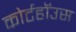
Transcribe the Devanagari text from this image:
कोर्टहॉउस